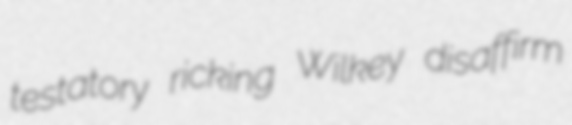
testatory ricking Wilkey disaffirm